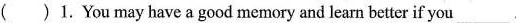
( )1. You may have a good memory and learn better if you___.